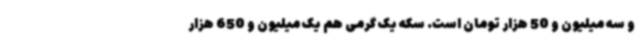
و سه میلیون و 50 هزار تومان است. سکه یک گرمی هم یک میلیون و 650 هزار